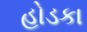
હોડકા